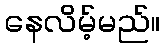
နေလိမ့်မည်။